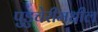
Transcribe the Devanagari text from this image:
पुडुचेरीमधील